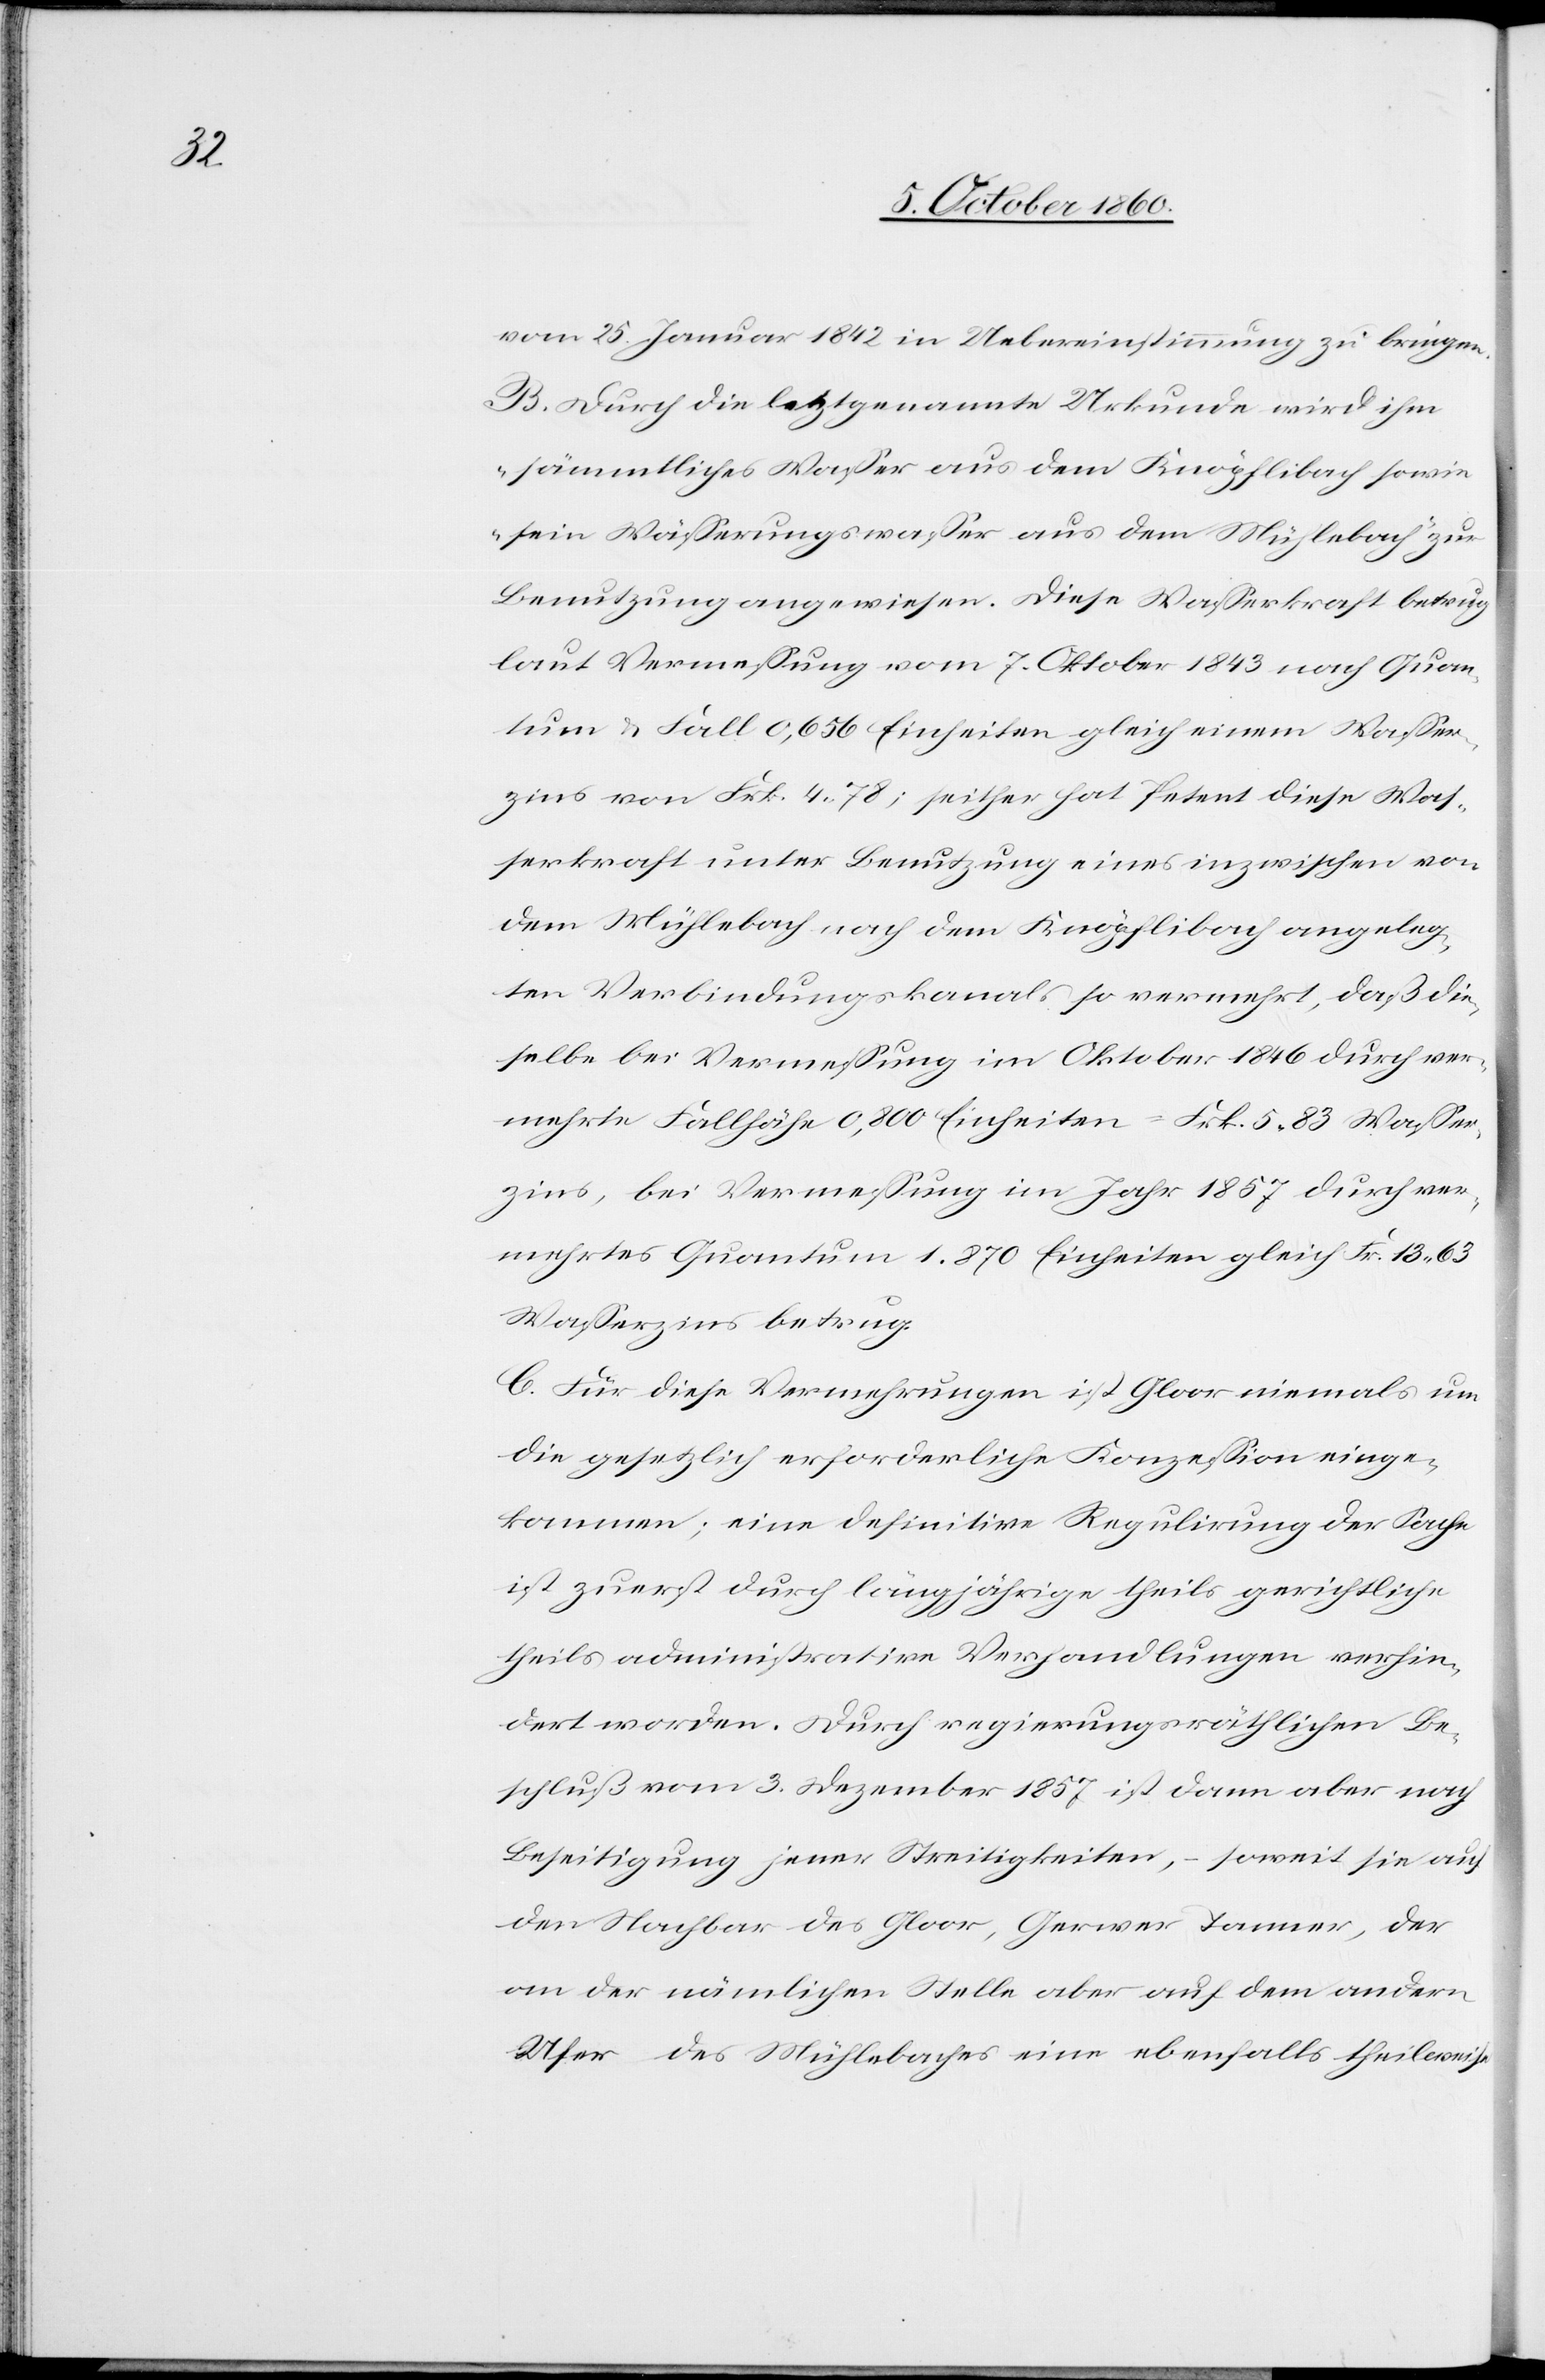
vom 25. Januar 1842 in Uebereinstimmung zu bringen.
B. Durch die letztgenannte Urkunde wird ihm
„sämmtliches Wasser aus dem Knöpflibach sowie
sein Wässerungswasser aus dem Mühlebach“ zur
Benutzung angewiesen. Diese Wasserkraft betrug
laut Vermessung vom 7. Oktober 1843 nach Quan¬
tum u. Fall 0,656 Einheiten gleich einem Wasser¬
zins von Frk. 4,78; seither hat Petent diese Was¬
serkraft unter Benutzung eines inzwischen von
dem Mühlebach nach dem Knöpflibach angeleg¬
ten Verbindungskanals so vermehrt, daß die¬
selbe bei Vermessung im Oktober 1846 durch ver¬
mehrte Fallhöhe 0,800 Einheiten = Frk. 5,83 Wasser¬
zins, bei Vermessung im Jahr 1857 durch ver¬
mehrtes Quantum 1,870 Einheiten gleich Fr. 13,63
Wasserzins betrug.
C. Für diese Vermehrungen ist Gloor niemals um
die gesetzlich erforderliche Konzession einge¬
kommen; eine definitive Regulirung der Sache
ist zuerst durch längjährige theils gerichtliche
theils administrative Verhandlungen verhin¬
dert worden. Durch regierungsräthlichen Be¬
schluß vom 3. Dezember 1857 ist dann aber nach
Beseitigung jener Streitigkeiten, – soweit sie auf
den Nachbar des Gloor, Gerwer Tanner, der
an der nämlichen Stelle aber auf dem andern
Ufer des Mühlebaches eine ebenfalls theilweise